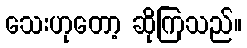
သေးဟုတော့ ဆိုကြသည်။